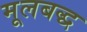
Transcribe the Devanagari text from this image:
मूलबद्ध